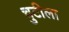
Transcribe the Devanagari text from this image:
चुटीला